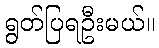
ရွတ်ပြရဦးမယ်။